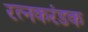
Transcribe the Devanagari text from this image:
रत्नकरंडक